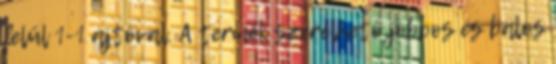
felül 1-1 ajtóval. A termék szerelhető jobbos és balos